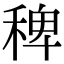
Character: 稗